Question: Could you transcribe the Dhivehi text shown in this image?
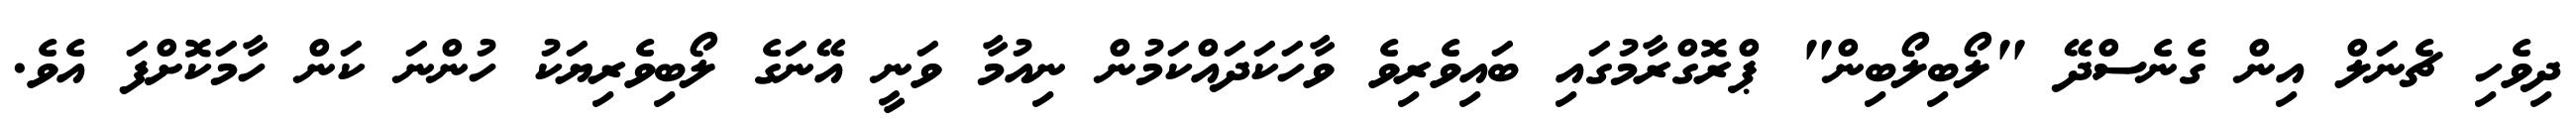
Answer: ދިވެހި ޗެނަލް އިން ގެނެސްދޭ "ލޯބިލޯބިން" ޕްރޮގްރާމުގައި ބައިވެރިވެ ވާހަކަދައްކަމުން ނިއުމާ ވަނީ އޭނަގެ ލޯބިވެރިޔަކު ހުންނަ ކަން ހާމަކޮށްފަ އެވެ.